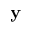
\mathbf { y }